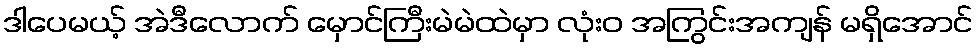
ဒါပေမယ့် အဲဒီလောက် မှောင်ကြီးမဲမဲထဲမှာ လုံးဝ အကြွင်းအကျန် မရှိအောင်